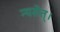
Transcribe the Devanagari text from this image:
न्यसेत्‌।